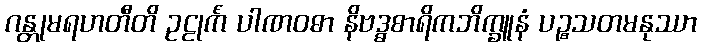
ဂန္တုမရဟတီတိ ဥဠုင်္ကံ ပါဏဝဓာ နိဗဒ္ဓစာရိကဘိက္ခူနံ ပဉ္စသတမနုဿာ